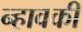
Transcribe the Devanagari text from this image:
न्हावकी